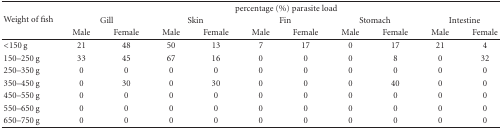
<table><thead><tr><td rowspan="3"><b>Weight of fish</b></td><td colspan="10"><b>percentage (%) parasite load</b></td></tr><tr><td colspan="2"><b>Gill</b></td><td colspan="2"><b>Skin</b></td><td colspan="2"><b>Fin</b></td><td colspan="2"><b>Stomach</b></td><td colspan="2"><b>Intestine</b></td></tr><tr><td><b>Male</b></td><td><b>Female</b></td><td><b>Male</b></td><td><b>Female</b></td><td><b>Male</b></td><td><b>Female</b></td><td><b>Male</b></td><td><b>Female</b></td><td><b>Male</b></td><td><b>Female</b></td></tr></thead><tbody><tr><td>&lt;150 g</td><td>21</td><td>48</td><td>50</td><td>13</td><td>7</td><td>17</td><td>0</td><td>17</td><td>21</td><td>4</td></tr><tr><td>150–250 g</td><td>33</td><td>45</td><td>67</td><td>16</td><td>0</td><td>0</td><td>0</td><td>8</td><td>0</td><td>32</td></tr><tr><td>250–350 g</td><td>0</td><td>0</td><td>0</td><td>0</td><td>0</td><td>0</td><td>0</td><td>0</td><td>0</td><td>0</td></tr><tr><td>350–450 g</td><td>0</td><td>30</td><td>0</td><td>30</td><td>0</td><td>0</td><td>0</td><td>40</td><td>0</td><td>0</td></tr><tr><td>450–550 g</td><td>0</td><td>0</td><td>0</td><td>0</td><td>0</td><td>0</td><td>0</td><td>0</td><td>0</td><td>0</td></tr><tr><td>550–650 g</td><td>0</td><td>0</td><td>0</td><td>0</td><td>0</td><td>0</td><td>0</td><td>0</td><td>0</td><td>0</td></tr><tr><td>650–750 g</td><td>0</td><td>0</td><td>0</td><td>0</td><td>0</td><td>0</td><td>0</td><td>0</td><td>0</td><td>0</td></tr></tbody></table>